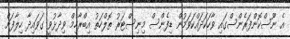
އެ ނޫސްކޮންފަރެންސްގައި ވާހަކަދައްކަވަމުން ޑިފެންސް މިނިސްޓަރު ތޮލްހަތު އިބްރާހިމް ވިދާޅުވީ ގަވައިދާ ހިލާފަށް